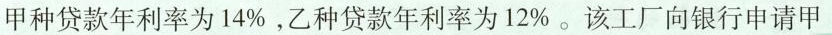
甲种贷款年利率为14%，乙种贷款年利率为12%。该工厂向银行申请甲